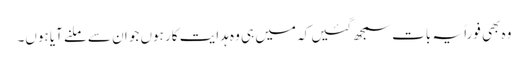
وہ بھی فوراً یہ بات سمجھ گئیں کہ میں ہی وہ ہدایت کار ہوں جو ان سے ملنے آیا ہوں۔